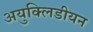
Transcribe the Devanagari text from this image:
अयुक्लिडीयन